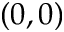
( 0 , 0 )